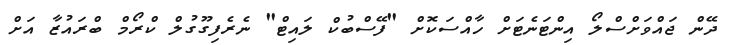
ދޭން ޖައްވަށްސްލޯ އިންޓަނެޓަށް ހާއްސަކޮށް "ފޭސްބުކް ލައިޓް" ނެރެފިގޫގުލް ކްރޯމް ބްރައުޒާ އަށް